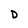
Character: D